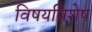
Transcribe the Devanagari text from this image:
विषयविशेष